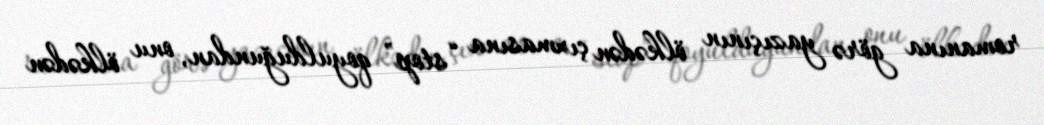
romanına görə yazıçının ölkədən çıxmasına “stop” qoyulduğundan, onu ölkədən